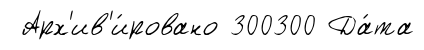
Арх'ив'и́ровано 300300 Да́та